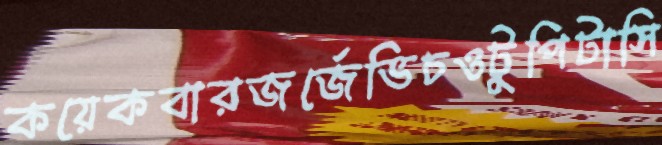
কয়েকবারজর্জেভিচওটুপিটাসি